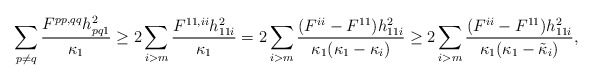
\begin{align*}\sum_{p\neq q} \frac{F^{pp,qq}h_{pq1}^2}{\kappa_1 }&\geq 2\sum_{i>m}\frac{F^{11,ii}h_{11i}^2}{\kappa_1 }=2\sum_{i>m}\frac{(F^{ii}-F^{11})h_{11i}^2}{\kappa_1 (\kappa_1 -\kappa_i )}\geq 2\sum_{i>m}\frac{(F^{ii}-F^{11})h_{11i}^2}{\kappa_1 (\kappa_1 -\tilde{\kappa}_i )},\end{align*}